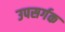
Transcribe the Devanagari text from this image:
उपसर्गक